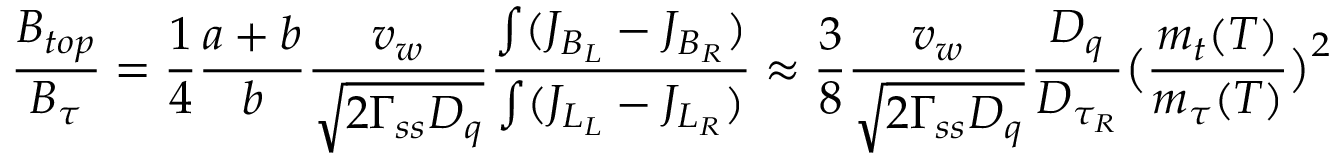
{ \frac { B _ { t o p } } { B _ { \tau } } } = { \frac { 1 } { 4 } } { \frac { a + b } { b } } { \frac { v _ { w } } { \sqrt { 2 \Gamma _ { s s } D _ { q } } } } { \frac { \int ( J _ { B _ { L } } - J _ { B _ { R } } ) } { \int ( J _ { L _ { L } } - J _ { L _ { R } } ) } } \approx { \frac { 3 } { 8 } } { \frac { v _ { w } } { \sqrt { 2 \Gamma _ { s s } D _ { q } } } } { \frac { D _ { q } } { D _ { \tau _ { R } } } } \bigl ( { \frac { m _ { t } ( T ) } { m _ { \tau } ( T ) } } \bigr ) ^ { 2 }